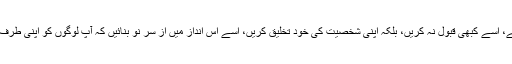
جو مقام آپ کے لئے معاشرہ طے کرتا ہے، اسے کبھی قبول نہ کریں، بلکہ اپنی شخصیت کی خود تخلیق کریں، اسے اس انداز میں از سر نو بنائیں کہ آپ لوگوں کو اپنی طرف کھینچ سکیں، انکی توجہ حاصل کرسکیں۔